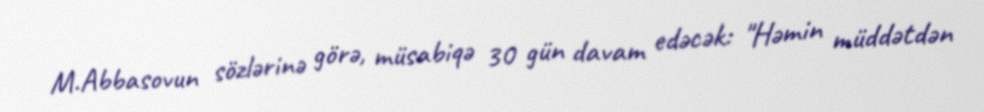
M.Abbasovun sözlərinə görə, müsabiqə 30 gün davam edəcək: "Həmin müddətdən